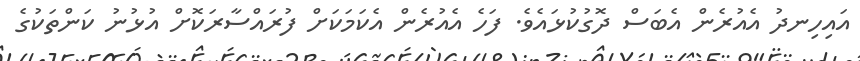
އައިހިނދު އެއުރެން އެބަސް ދޮގުކުޅައެވެ. ފަހެ އެއުރެން އެކަމަކަށް ފުރައްސާރަކޮށް އުޅުނު ކަންތަކުގެ